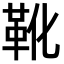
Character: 靴